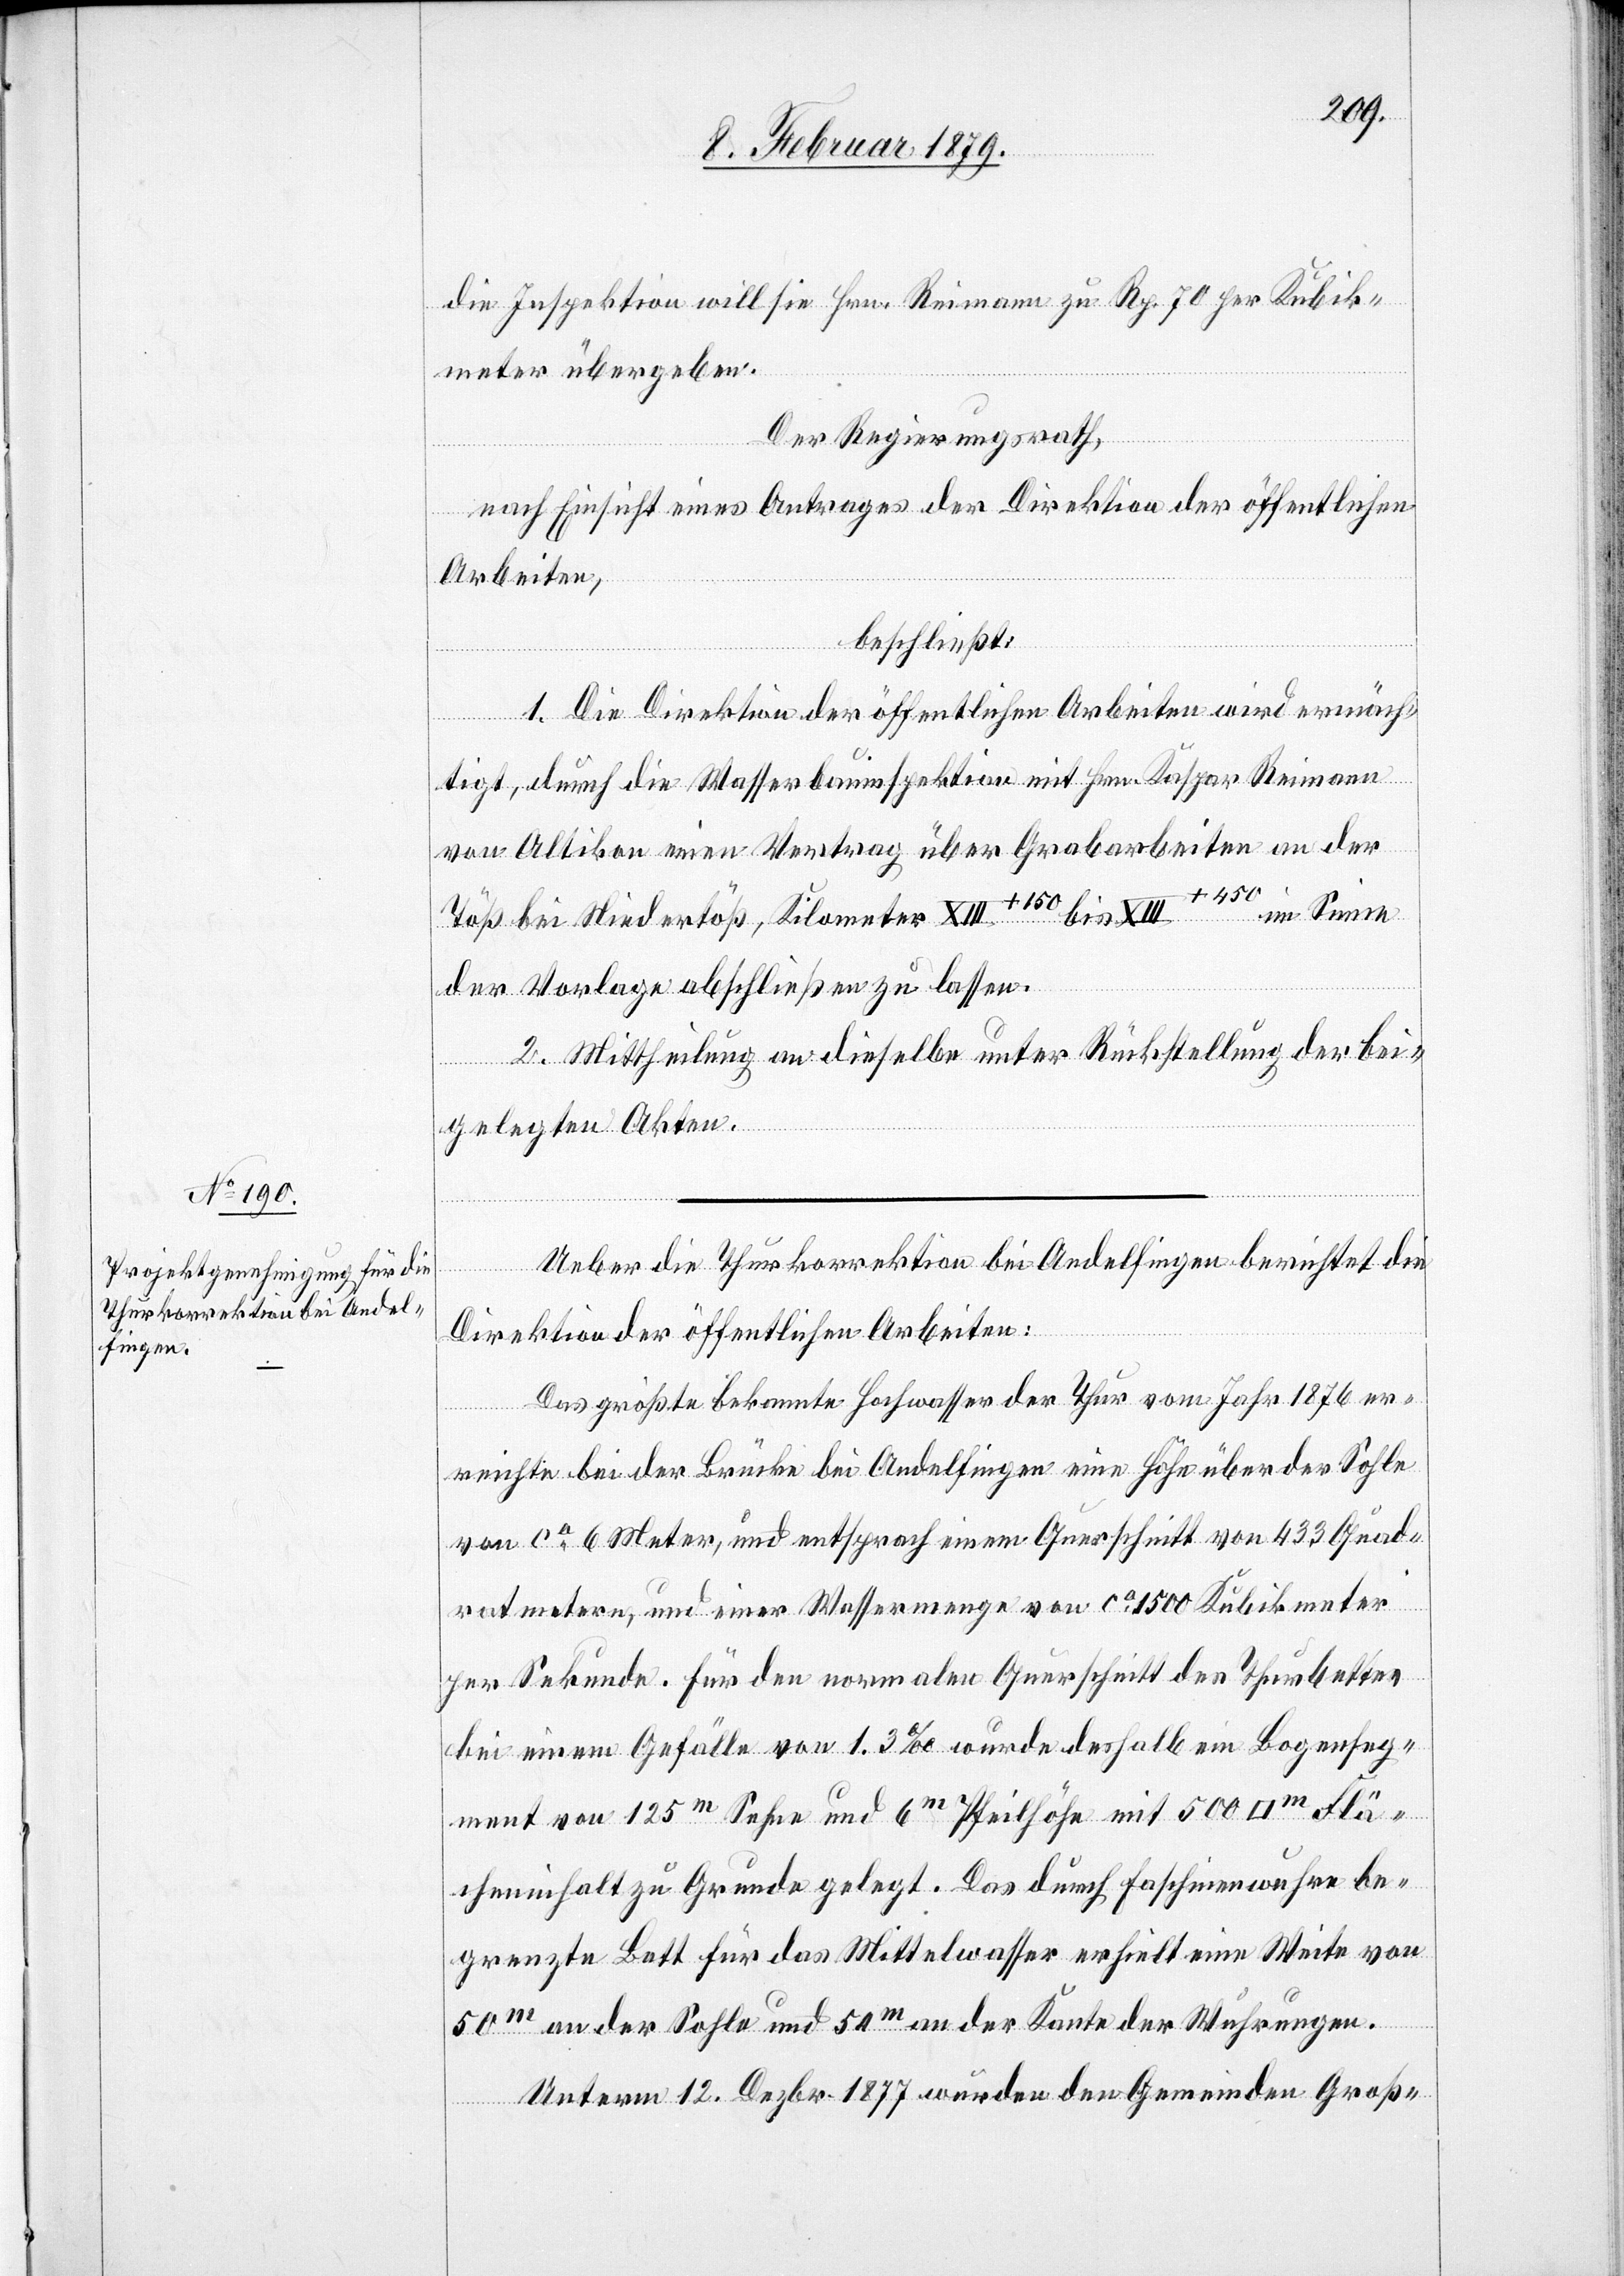
die Inspektion will sie Hrn. Reimann zu Rp. 70 per Kubik¬
meter übergeben.
Der Regierungsrath,
nach Einsicht eines Antrages der Direktion der öffentlichen
Arbeiten,
beschließt:
1. Die Direktion der öffentlichen Arbeiten wird ermäch¬
tigt, durch die Wasserbauinspektion mit Hrn. Kaspar Reimann
von Altikon einen Vertrag über Grabarbeiten an der
Flä¬
Töß bei Niedertöß, Kilometer XIII+150 bis XIII+450 im Sinne
der Vorlage abschließen zu lassen.
2. Mittheilung an dieselbe unter Rückstellung der bei¬
gelegten Akten.
Ueber die Thurkorrektion bei Andelfingen berichtet die
Direktion der öffentlichen Arbeiten:
Das größte bekannte Hochwasser der Thur vom Jahr 1876 er¬
adrat]m
reichte bei der Brücke bei Andelfingen eine Höhe über der Sohle
von ca 6 Meter, und entsprach einem Querschnitt von 433 Quad¬
ratmetern, und einer Wassermenge von ca 1500 Kubikmeter
per Sekunde. Für den normalen Querschnitt des Thurbettes
bei einem Gefälle von 1.3‰ wurde deshalb ein Bogenseg¬
ment von 125m Sehne und 6m Pfeilhöhe mit 500 [Qu¬
cheninhalt zu Grunde gelegt. Das durch Faschinenwehre be¬
grenzte Bett für das Mittelwasser erhielt eine Weite von
50m an der Sohle und 54m an der Kante der Wuhrungen.
Unterm 12. Dezbr. 1877 wurden den Gemeinden Groß-